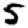
Digit: 5